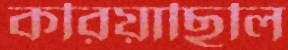
করিয়াছিলি